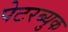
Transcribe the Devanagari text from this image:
पेटरब्युक